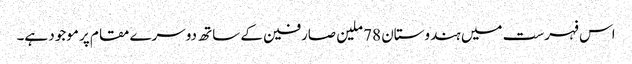
اس فہرست میں ہندوستان 78 ملین صارفین کے ساتھ دوسرے مقام پر موجود ہے۔